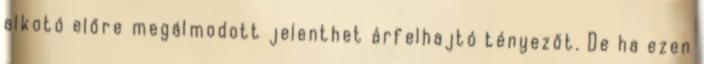
alkotó előre megálmodott jelenthet árfelhajtó tényezőt. De ha ezen